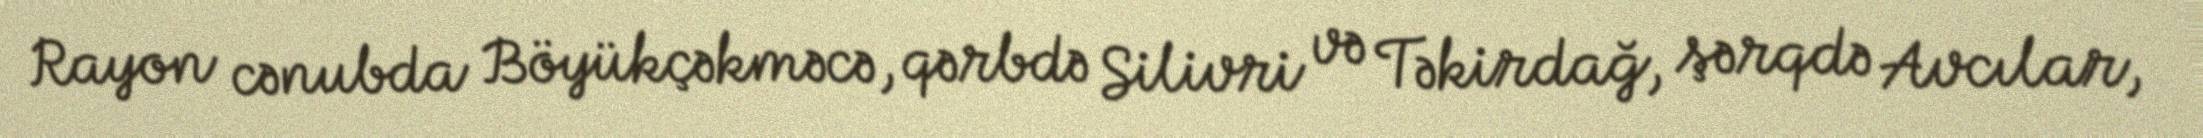
Rayon cənubda Böyükçəkməcə, qərbdə Silivri və Təkirdağ, şərqdə Avcılar,